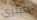
هينري